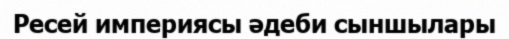
Ресей империясы әдеби сыншылары